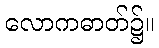
လောကဓာတ်၌။